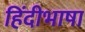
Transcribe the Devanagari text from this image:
हिंदीभाषा